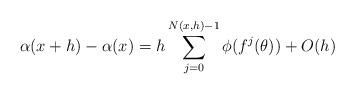
LaTeX: \begin{align*} \alpha(x+h)-\alpha(x) = h \sum_{j=0}^{N(x,h)-1}\phi(f^j(\theta)) + O(h) \end{align*}